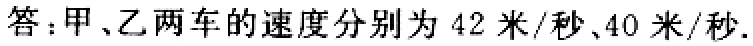
答：甲、乙两车的速度分别为 \(42\) 米/秒、\(40\) 米/秒.